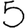
Digit: 5